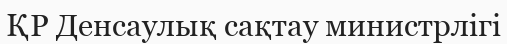
ҚР Денсаулық сақтау министрлігі